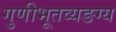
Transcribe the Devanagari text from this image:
गुणीभूतव्यङग्य